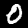
Label: 0